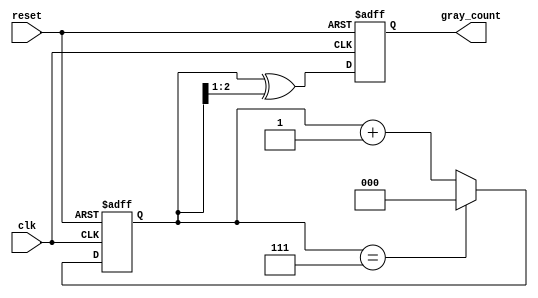
module gray_code_counter (
    input wire clk,        // Clock input
    input wire reset,      // Asynchronous reset
    output reg [2:0] gray_count // 3-bit output for Gray code
);

    reg [2:0] binary_count; // 3-bit binary counter

    // Gray code conversion function
    function [2:0] binary_to_gray;
        input [2:0] binary;
        begin
            binary_to_gray = binary ^ (binary >> 1);
        end
    endfunction

    // Asynchronous reset and state transition on clock edge
    always @(posedge clk or posedge reset) begin
        if (reset) begin
            // Initialize the counter to 0 on reset
            binary_count <= 3'b000;
            gray_count <= 3'b000;
        end else begin
            // Increment the binary counter
            binary_count <= binary_count + 1;

            // Wrap around if binary_count exceeds maximum value (7 for 3 bits)
            if (binary_count == 3'b111) begin
                binary_count <= 3'b000;
            end

            // Convert binary count to Gray code
            gray_count <= binary_to_gray(binary_count);
        end
    end

endmodule